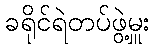
ခရိုင်ရဲတပ်ဖွဲ့မှူး